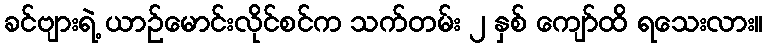
ခင်ဗျားရဲ့ ယာဉ်မောင်းလိုင်စင်က သက်တမ်း ၂ နှစ် ကျော်ထိ ရသေးလား။